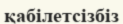
қабілетсізбіз